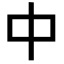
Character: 中